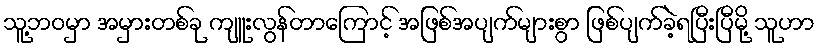
သူ့ဘဝမှာ အမှားတစ်ခု ကျူးလွန်တာကြောင့် အဖြစ်အပျက်များစွာ ဖြစ်ပျက်ခဲ့ရပြီးပြီမို့ သူဟာ